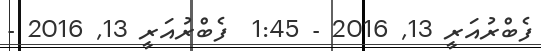
ފެބްރުއަރީ 13